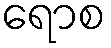
ရောစ